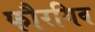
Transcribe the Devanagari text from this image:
फौरगिव